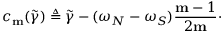
c _ { \mathbf { m } } ( \widetilde { \gamma } ) \triangleq \widetilde { \gamma } - ( \omega _ { N } - \omega _ { S } ) \frac { \mathbf { m } - 1 } { 2 \mathbf { m } } \cdot